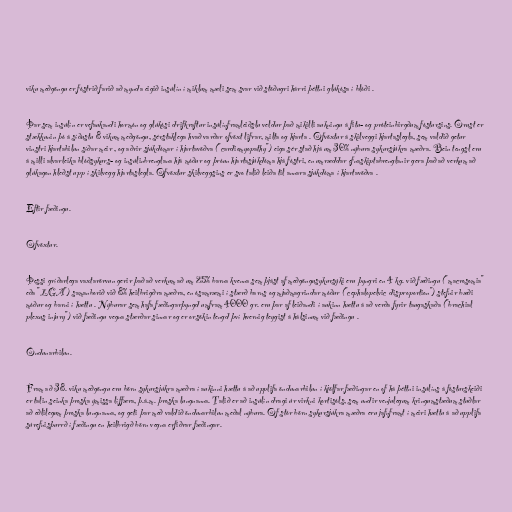
viku meðgöngu er fóstrið farið að mynda eigið insúlín í miklum mæli sem svar við stöðugri hárri þéttni glúkósa í blóði .

Þar sem insúlín er vefaukandi hormón og glúkósi drifkraftur insúlínframleiðslu veldur það mikilli aukningu á fitu- og próteinbirgðum fóstursins. Örust er
stækkunin þó á síðustu 8 vikum meðgöngu, sérstaklega hvað varðar ofvöxt lifrar, milta og hjarta . Ofvöxtur á skilveggi hjartaslegla, sem valdið getur
vinstri hjartabilun síðar meir , og aðrir sjúkdómar í hjartavöðva ("cardiomyopathy") eiga sér stað hjá um 30% nýbura sykursjúkra mæðra. Bein tengsl eru
á milli alvarleika blóðsykurs- og insúlinbrenglana hjá móður og þróun hjartasjúkdóma hjá fóstri, en umræddar efnaskiptabrenglanir gera það að verkum að
glúkagon hleðst upp í skilvegg hjartaslegla. Ofvöxtur skilveggsins er svo talið leiða til annara sjúkdóma í hjartavöðva .

Eftir fæðingu.

Ofvöxtur.

Þessi gríðarlega vaxtarörvun gerir það að verkum að um 25% barna kvenna sem þjást af meðgöngusykursýki eru þyngri en 4 kg. við fæðingu ("macrosomia"
eða "LGA") samanborið við 8% heilbrigðra mæðra, en ósamræmi í stærð barns og mjaðmagrindar móður ("cephalopelvic disproportion") stefnir bæði
móður og barni í hættu . Nýburar sem hafa fæðingarþyngd umfram 4000 gr. eru þar af leiðandi í aukinn hættu á að verða fyrir taugaskaða ("brachial
plexus injury") við fæðingu vegna stærðar sinnar og er orsökin tengd því hvernig teygist á hálsinum við fæðingu .

Öndunarbilun.

Fram að 38. viku meðgöngu eru börn sykursjúkra mæðra í aukinni hættu á að upplifa öndunarbilun í kjölfar fæðingar en of há þéttni insúlíns á fósturskeiði
er talin seinka þroska ýmissa líffæra, þ.á.m. þroska lungnanna. Talið er að insúlín dragi úr virkni kortisóls, sem undir venjulegum kringumstæðum stuðlar
að eðlilegum þroska lungnanna, og geti þar með valdið öndunarbilun meðal nýbura. Of stór börn sykursjúkra mæðra eru jafnframt í meiri hættu á að upplifa
súrefnisþurrð í fæðingu en heilbrigð börn vegna erfiðrar fæðingar.